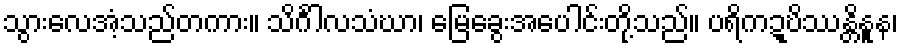
သွားလေအံ့သည်တကား။ သိင်္ဂါလသံဃာ၊ မြေခွေးအပေါင်းတို့သည်။ ပရိကဍ္ဎိဿန္တိနူန၊